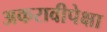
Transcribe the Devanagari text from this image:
अकरावीपेक्षा